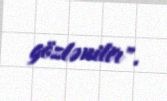
gözlənilir".